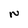
Character: N